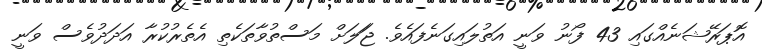
އޮޕަރޭޝަނެއްގައި 43 ފޯނު ވަނީ އަތުލައިގަނެފައެވެ. ޖަަލަށް މަސްތުވާތަކެތި އެތެރުކުރާ އަދަދުވެސް ވަނީ